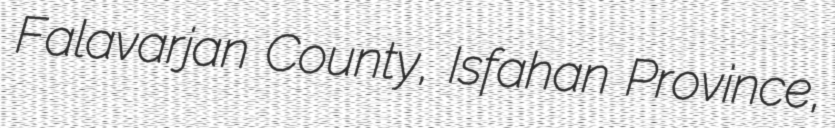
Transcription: Falavarjan County, Isfahan Province,